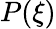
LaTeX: P(\xi)